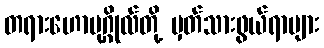
တရားဟောပုဂ္ဂိုလ်တို့ မှတ်သားဖွယ်ရာများ